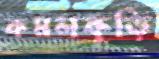
কমলকুড়ি